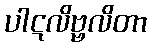
ပါဋလိဗ္ဗလိတာ